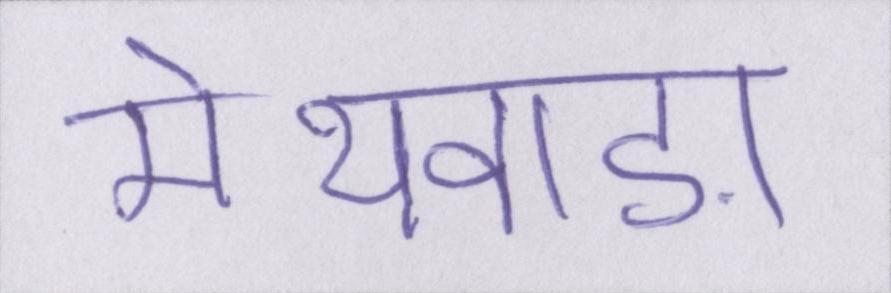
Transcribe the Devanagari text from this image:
मेथवाड़ा